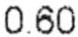
0.60